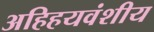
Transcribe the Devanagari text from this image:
अहिहयवंशीय